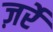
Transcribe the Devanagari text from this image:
ज़र्रे